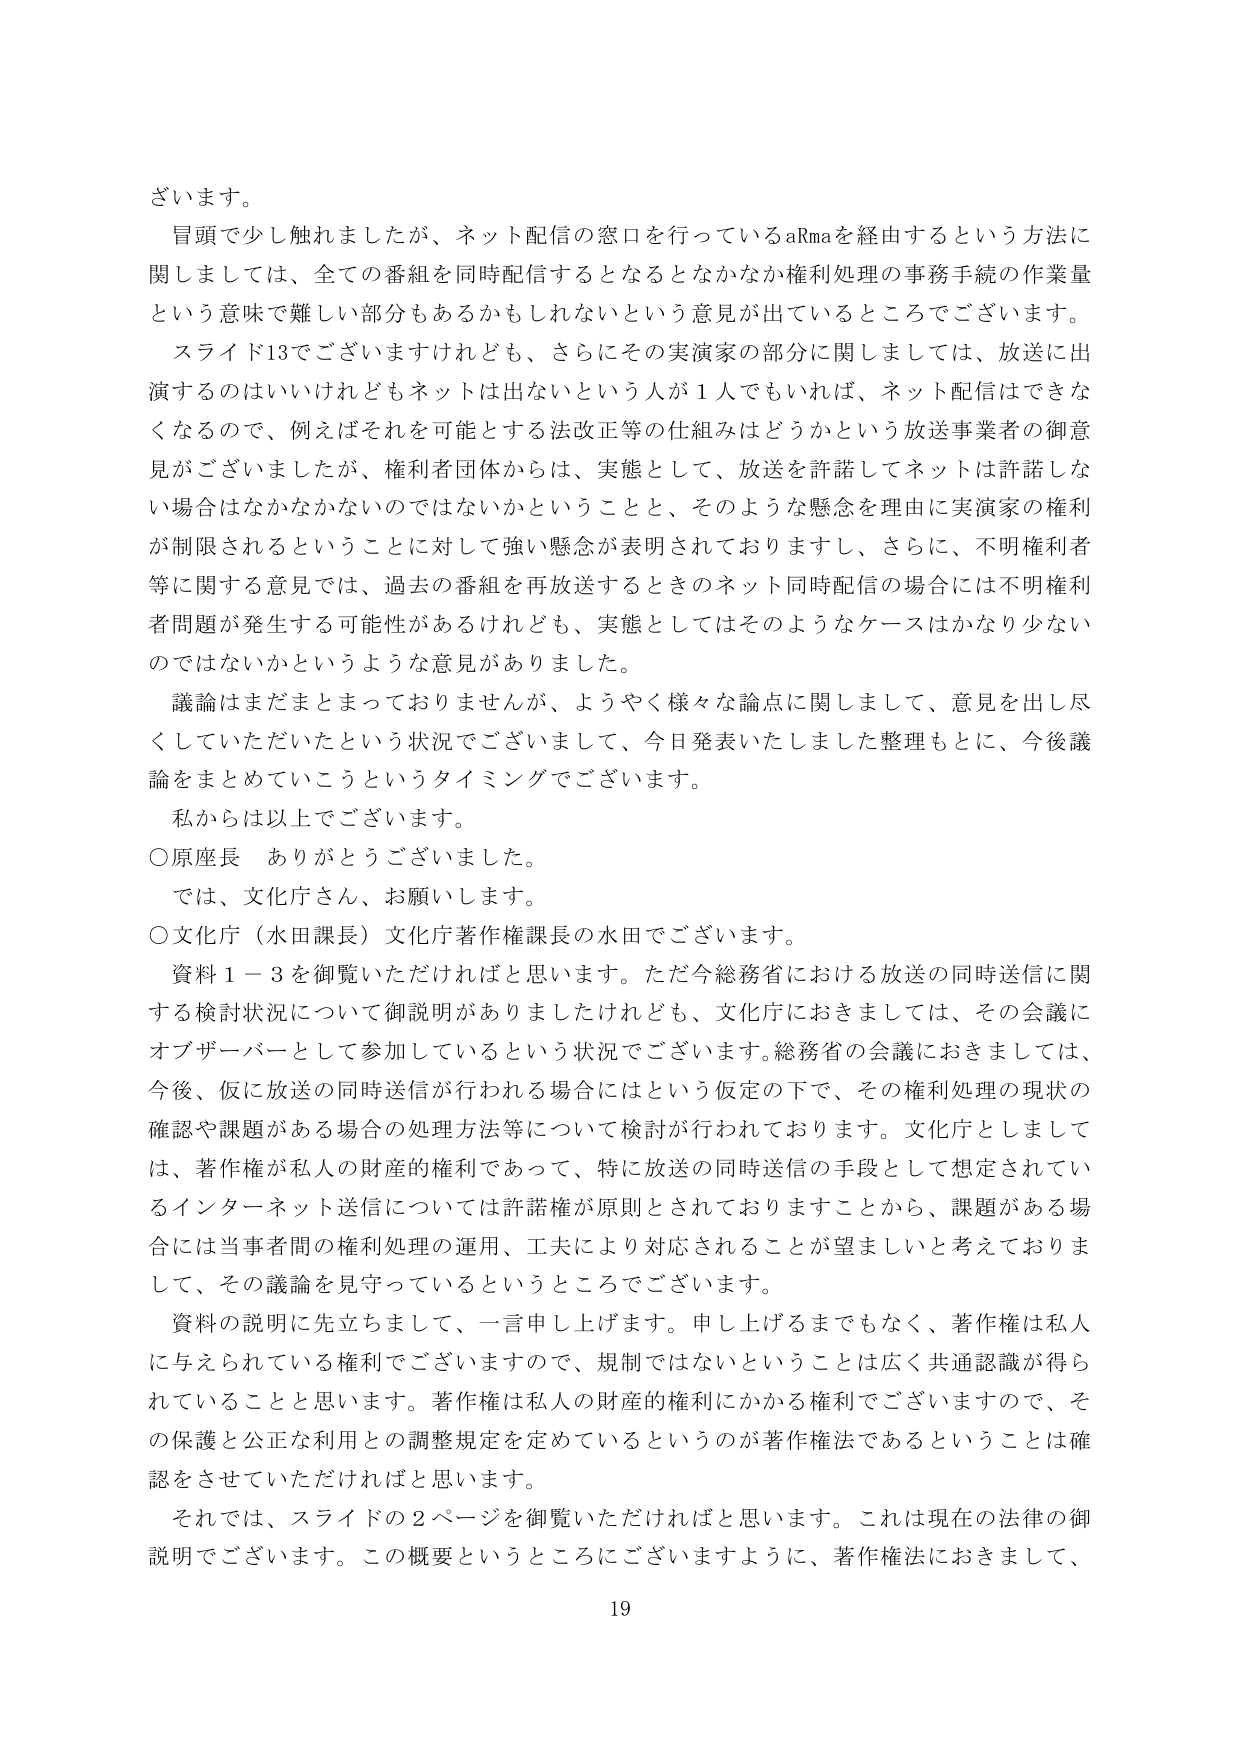
ざいます。

冒頭で少し触れましたが、ネット配信の窓口を行っているaRmaを経由するという方法に関しては、全ての番組を同時配信するとなるとなかなか権利処理の事務手続の作業量という意味で難しい部分もあるかもしれないという意見が出ているところでございます。

スライド13でございますけれども、さらにその実演家の部分に関しましては、放送に出演するのはいいけれどもネットは出ないという人が1人でもいれば、ネット配信はできなくなるので、例えばそれを可能とする法改正等の仕組みはどうかという放送事業者の御意見がございましたが、権利者団体からは、実態として、放送を許諾してネットは許諾しない場合はなかなかないのではないかということと、そのような懸念を理由に実演家の権利が制限されるということに対して強い懸念が表明されておりますし、さらに、不明権利者等に関する意見では、過去の番組を再放送するときのネット同時配信の場合には不明権利者問題が発生する可能性があるけれども、実態としてはそのようなケースはかなり少ないのではないかというような意見がありました。

議論はまだまとまっておりませんが、ようやく様々な論点に関しまして、意見を出し尽くしていただいたという状況でございまして、今日発表いたしました整理もとに、今後議論をまとめていこうというタイミングでございます。

私からは以上でございます。

○原座長　ありがとうございます。

では、文化庁さん、お願いします。

○文化庁（水田課長）文化庁著作権課長の水田でございます。

資料1－3を御覧いただければと思います。ただ今総務省における放送の同時送信に関する検討状況について御説明がありましたけれども、文化庁におきましては、その会議にオブザーバーとして参加しているという状況でございます。総務省の会議におきましては、今後、仮に放送の同時送信が行われる場合にはという仮定の下で、その権利処理の現状の確認や課題がある場合の処理方法等について検討が行われております。文化庁としましては、著作権が私人の財産的権利であって、特に放送の同時送信の手段として想定されているインターネット送信については許諾権が原則とされておりますことから、課題がある場合には当事者間の権利処理の運用、工夫により対応されることが望ましいと考えておりまして、その議論を見守っているというところでございます。

資料の説明に先立ちまして、一言申し上げます。申し上げるまでもなく、著作権は私人に与えられている権利でございますので、規制ではないということは広く共通認識が得られていることと思います。著作権は私人の財産的権利にかかる権利でございますので、その保護と公正な利用との調整規定を定めているというのが著作権法であるということは確認をさせていただければと思います。

それでは、スライドの2ページを御覧いただければと思います。これは現在の法律の御説明でございます。この概要というところにございますように、著作権法におきまして、

19